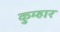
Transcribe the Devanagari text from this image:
कुम्‍हार